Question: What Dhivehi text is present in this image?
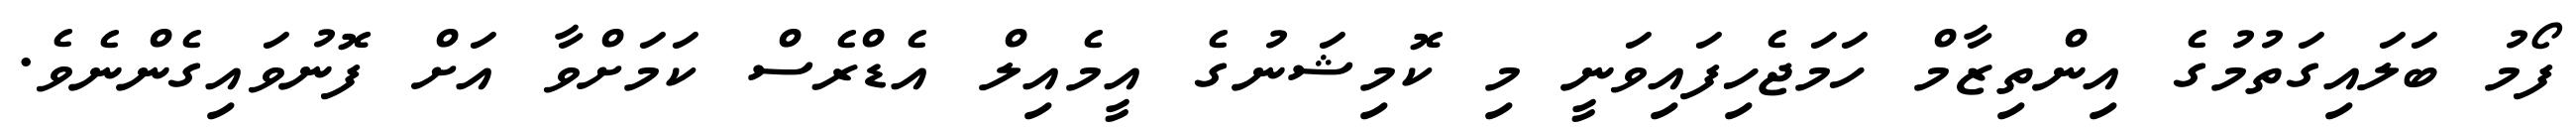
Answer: ފޯމު ބަލައިގަތުމުގެ އިންތިޒާމް ހަމަޖެހިފައިވަނީ މި ކޮމިޝަނުގެ އީމެއިލް އެޑްރެސް ކަމަށްވާ އަށް ފޮނުވައިގެންނެވެ.